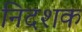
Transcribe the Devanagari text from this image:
निदशक